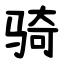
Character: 骑